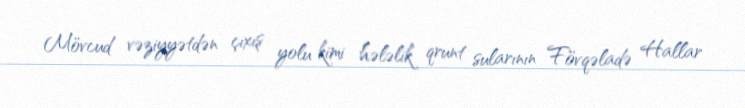
Mövcud vəziyyətdən çıxış yolu kimi hələlik qrunt sularının Fövqəladə Hallar